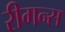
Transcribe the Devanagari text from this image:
रीगन्स